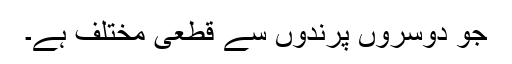
جو دوسروں پرندوں سے قطعی مختلف ہے۔